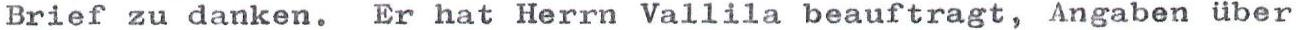
Brief zu danken. Er hat Herrn Vallila beauftragt, Angaben über